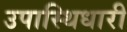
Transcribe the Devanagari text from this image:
उपास्थिधारी